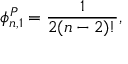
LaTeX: \phi _ { n , 1 } ^ { P } = \frac { 1 } { 2 ( n - 2 ) ! } ,